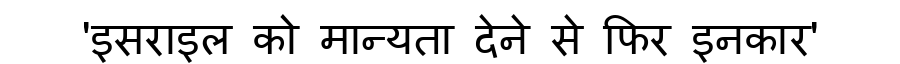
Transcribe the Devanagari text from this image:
'इसराइल को मान्यता देने से फिर इनकार'